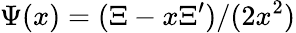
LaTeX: \Psi(x)=(\Xi-x\Xi^{\prime})/(2x^{2})